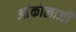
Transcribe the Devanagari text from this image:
आंकोलाजी